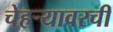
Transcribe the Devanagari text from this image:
चेहऱ्यावरची